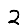
Digit: 2